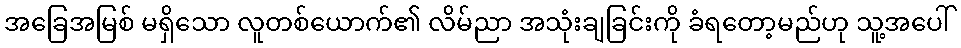
အခြေအမြစ် မရှိသော လူတစ်ယောက်၏ လိမ်ညာ အသုံးချခြင်းကို ခံရတော့မည်ဟု သူ့အပေါ်